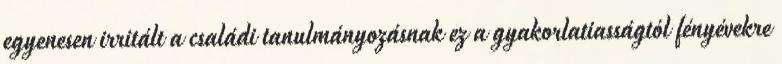
egyenesen irritált a családi tanulmányozásnak ez a gyakorlatiasságtól fényévekre